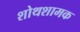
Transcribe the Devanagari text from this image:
शोथशामक